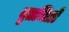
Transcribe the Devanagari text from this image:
वृतचित्रों